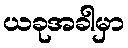
ယခုအခါမှာ